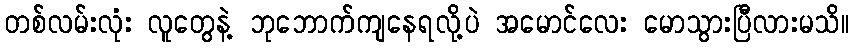
တစ်လမ်းလုံး လူတွေနဲ့ ဘုဘောက်ကျနေရလို့ပဲ အမောင်လေး မောသွားပြီလားမသိ။